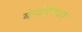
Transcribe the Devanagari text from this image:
बेन्देलियर